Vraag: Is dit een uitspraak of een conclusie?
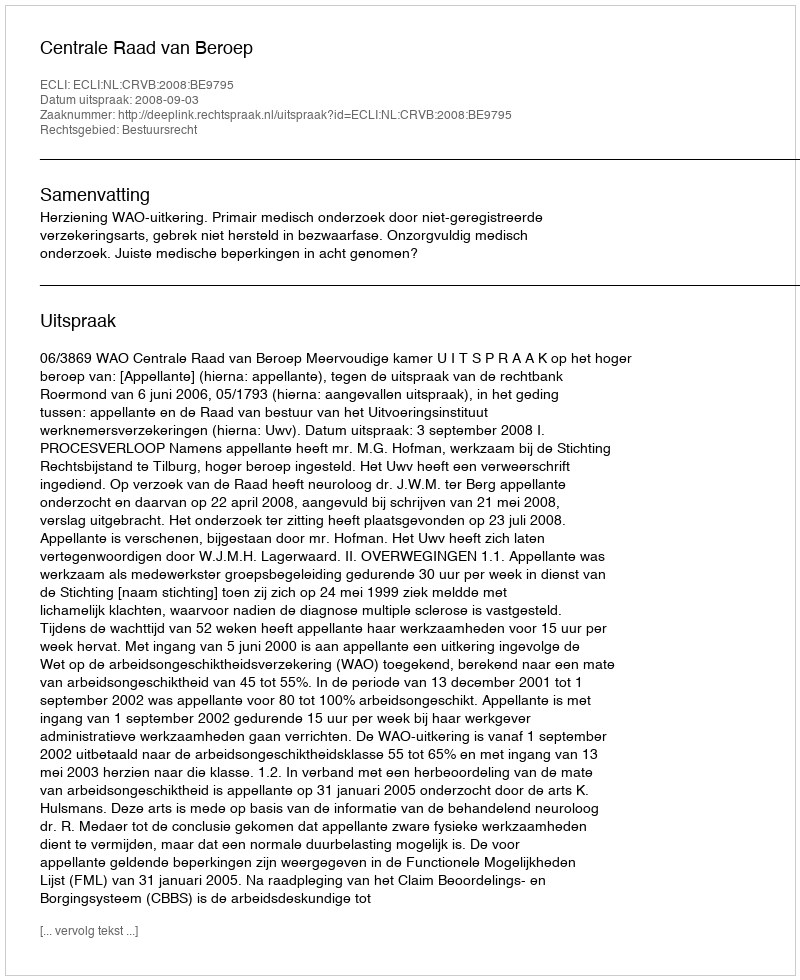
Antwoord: Uitspraak